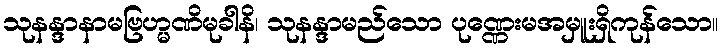
သုနန္ဒာနာမဗြဟ္မဏိမုခါနိ၊ သုနန္ဒာမည်သော ပုဏ္ဏေးမအမှူးရှိကုန်သော။